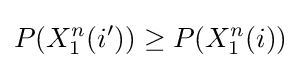
P(X_{1}^{n}(i'))\geq P(X_{1}^{n}(i))